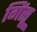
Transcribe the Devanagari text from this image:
गिंसू